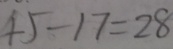
4 5 - 1 7 = 2 8